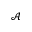
\mathcal { A }